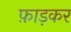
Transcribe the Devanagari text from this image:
फ़ाड़कर